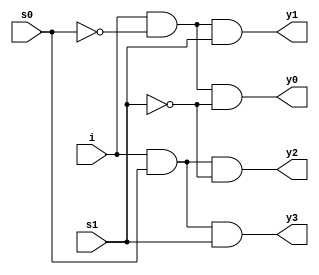
//Demultiplier[1:4]

module demux(
    input i,s0,s1,
    output y0,y1,y2,y3
    );
    wire n0,n1;
    and g1(y0,i,n0,n1);
    and g2(y1,i,n0,s1);
    and g3(y2,i,s0,n1);
    and g4(y3,i,s0,s1);
    not g5(n0,s0);
    not g6(n1,s1);   
endmodule

module demux_tb();
    reg i,s0,s1;
    wire y0,y1,y2,y3;
    demux f(i,s0,s1,y0,y1,y2,y3);
    initial begin
    i=1'b0; s0=1'b0; s1=1'b0;
    #10 i=1'b1; s0=1'b0; s1=1'b0;
    #10 i=1'b1; s0=1'b0; s1=1'b1;
    #10 i=1'b1; s0=1'b1; s1=1'b0;
    #10 i=1'b1; s0=1'b1; s1=1'b1;
    #10$finish;
    end
    endmodule